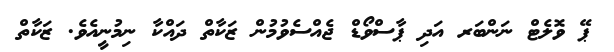
ޕޭ ވޮލެޓް ނަންބަރ އަދި ޕާސްވޯޑް ޖެއްސެވުމުން ޒަކާތް ދައްކާ ނިމުނީއެވެ. ޒަކާތް